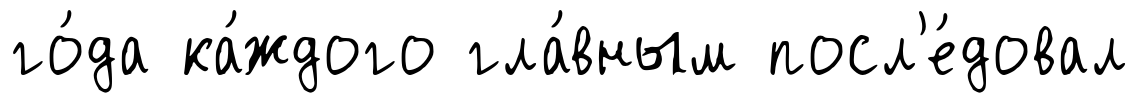
го́да ка́ждого гла́вным посл'е́довал